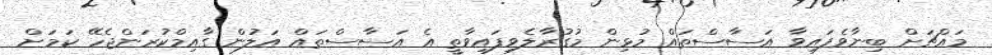
މައްޗަށް ބިނާވެފައިވާ އަސާސްތައް މުޅިން މުގުރާލެވިފައިވާތީ އެ އަސާސްތައް އަލުން ގާއިމްކުރަންޖެހޭ ކަމަށް